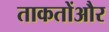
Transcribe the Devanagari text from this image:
ताकतोंऔर